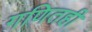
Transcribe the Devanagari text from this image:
गणितही